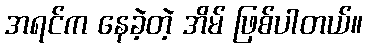
အရင်က နေခဲ့တဲ့ အိမ် ဖြစ်ပါတယ်။